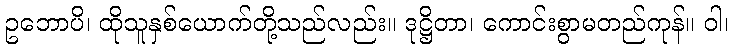
ဥဘောပိ၊ ထိုသူနှစ်ယောက်တို့သည်လည်း။ ဒုဋ္ဌိတာ၊ ကောင်းစွာမတည်ကုန်။ ဝါ၊